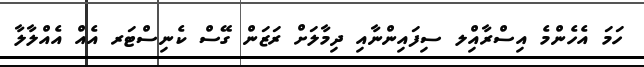
ހަމަ އެހެންމެ އިސްރާއިްލ ސިފައިންނާއި ދިމާލަށް ރަޒަން ގޭސް ކެނިސްޓަރ އެއް އެއްލާލާ